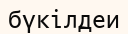
бүкілдеи